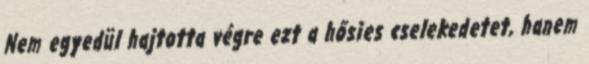
Nem egyedül hajtotta végre ezt a hősies cselekedetet, hanem